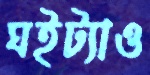
ঘইট্যাও